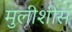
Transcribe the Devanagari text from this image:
मुलीशीस